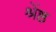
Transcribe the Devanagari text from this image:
श्रेंष्ठ